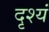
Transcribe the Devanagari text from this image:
दृश्यं